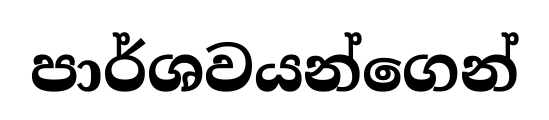
පාර්ශවයන්ගෙන්